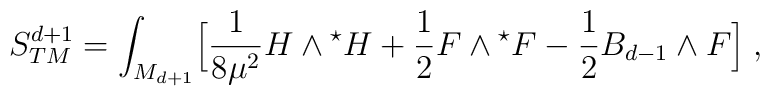
S_{TM}^{d+1}=\int_{M_{d+1}}\Bigl[{1 \over 8\mu^2}H\wedge{}^{\star}H+{1 \over 2}F \wedge{}^{\star}F-{1 \over 2}B_{d-1} \wedge F \Bigl]\;,